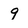
Character: 9